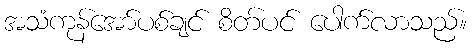
အသံကုန်အော်ပစ်ချင် စိတ်ပင် ပေါက်လာသည်။